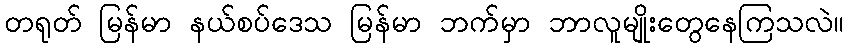
တရုတ် မြန်မာ နယ်စပ်ဒေသ မြန်မာ ဘက်မှာ ဘာလူမျိုးတွေနေကြသလဲ။